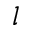
l